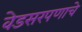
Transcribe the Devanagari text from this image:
वेडसरपणाचे